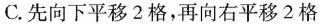
C.先向下平移2格，再向右平移2格